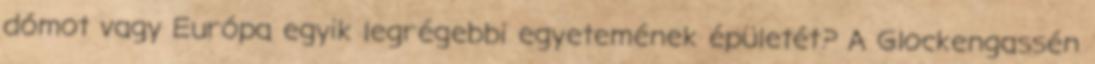
dómot vagy Európa egyik legrégebbi egyetemének épületét? A Glockengassén